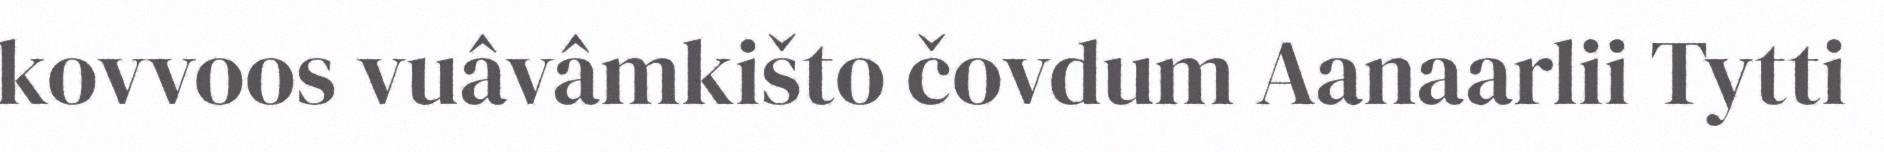
kovvoos vuâvâmkišto čovdum Aanaarlii Tytti